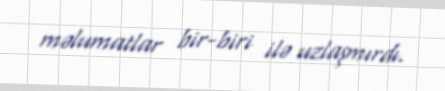
məlumatlar bir-biri ilə uzlaşmırdı.